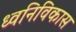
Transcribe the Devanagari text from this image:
ध्वनिविकास